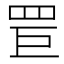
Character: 𦊐